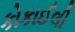
કોકાઈલી